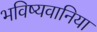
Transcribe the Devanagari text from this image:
भविष्यवानिया